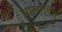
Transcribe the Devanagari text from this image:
आलापित